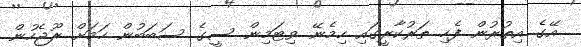
އޭގެ އިތުރުން ފެހި ތަރުކާރީގައި ހިމެނޭ ވިޓަމިން ސީގެ ސަބަބުން ހަމަށް ރޫޖެހުން